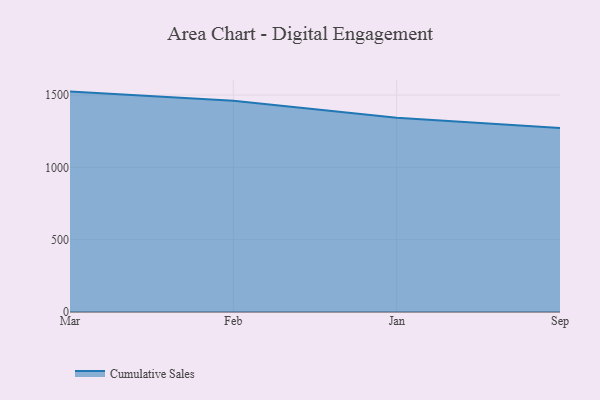
{"axis": {"x": "Month", "y": "Gross Profit (USD K)"}, "legend": ["Cumulative Sales"], "data": [{"x": "Mar", "y": 1524.2, "type": "Cumulative Sales"}, {"x": "Feb", "y": 1461.1, "type": "Cumulative Sales"}, {"x": "Jan", "y": 1342.7, "type": "Cumulative Sales"}, {"x": "Sep", "y": 1273.2, "type": "Cumulative Sales"}]}